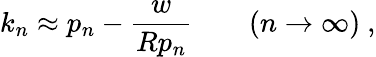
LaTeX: k_{n}\approx p_{n}-\frac{w}{Rp_{n}}\qquad(n\to\infty)\ ,